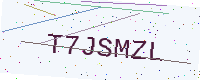
Text: T7JSMZL